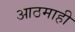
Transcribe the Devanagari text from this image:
आठमाही